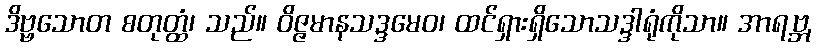
ဒိဗ္ဗသောတ စတုတ္ထံ၊ သည်။ ဝိဇ္ဇမာနသဒ္ဒမေဝ၊ ထင်ရှားရှိသောသဒ္ဒါရုံကိုသာ။ အာရဗ္ဘ,